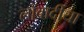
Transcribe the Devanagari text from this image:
लोंबार्दीया